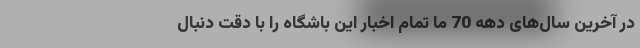
در آخرین سال‌های دهه 70 ما تمام اخبار این باشگاه را با دقت دنبال